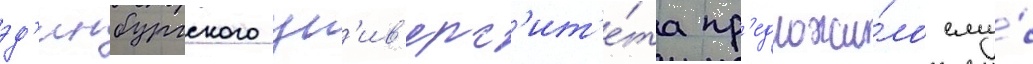
эд'инбургского ун'ив'ерс'ит'е́та пр'едложи́ло ему́